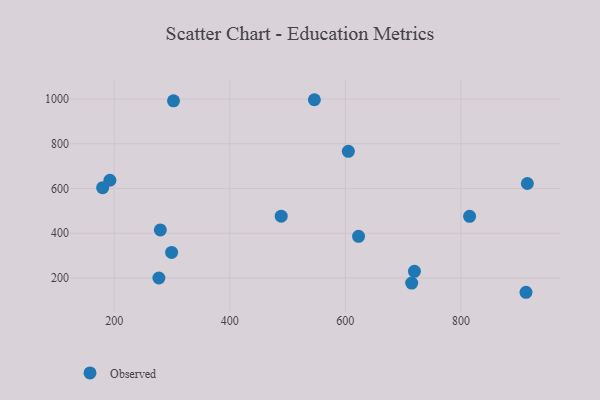
{"axis": {"x": "Price", "y": "Fuel Efficiency"}, "legend": ["Observed"], "data": [{"x": "622.9", "y": 386.2, "type": "Observed"}, {"x": "546.4", "y": 997.0, "type": "Observed"}, {"x": "719.6", "y": 229.4, "type": "Observed"}, {"x": "192.5", "y": 636.9, "type": "Observed"}, {"x": "277.3", "y": 199.6, "type": "Observed"}, {"x": "302.6", "y": 992.2, "type": "Observed"}, {"x": "489.0", "y": 476.3, "type": "Observed"}, {"x": "912.7", "y": 135.8, "type": "Observed"}, {"x": "714.9", "y": 176.9, "type": "Observed"}, {"x": "915.1", "y": 622.3, "type": "Observed"}, {"x": "815.1", "y": 475.5, "type": "Observed"}, {"x": "179.9", "y": 603.8, "type": "Observed"}, {"x": "605.2", "y": 766.4, "type": "Observed"}, {"x": "299.3", "y": 314.0, "type": "Observed"}, {"x": "279.8", "y": 414.6, "type": "Observed"}]}